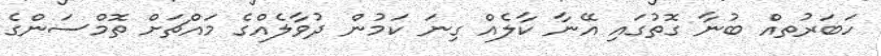
ހަބަރުތއް ބުނާ ގޮތުގައި އޭނާ ކާލެއް ގިނަ ކަމުން ދުވާލެއްގެ މައްޗަށް ތޮމްސަންގެ